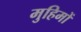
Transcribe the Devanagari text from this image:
मुहिमों